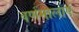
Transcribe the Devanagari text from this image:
वर्णमालाएं